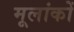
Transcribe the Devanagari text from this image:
मूलांकों